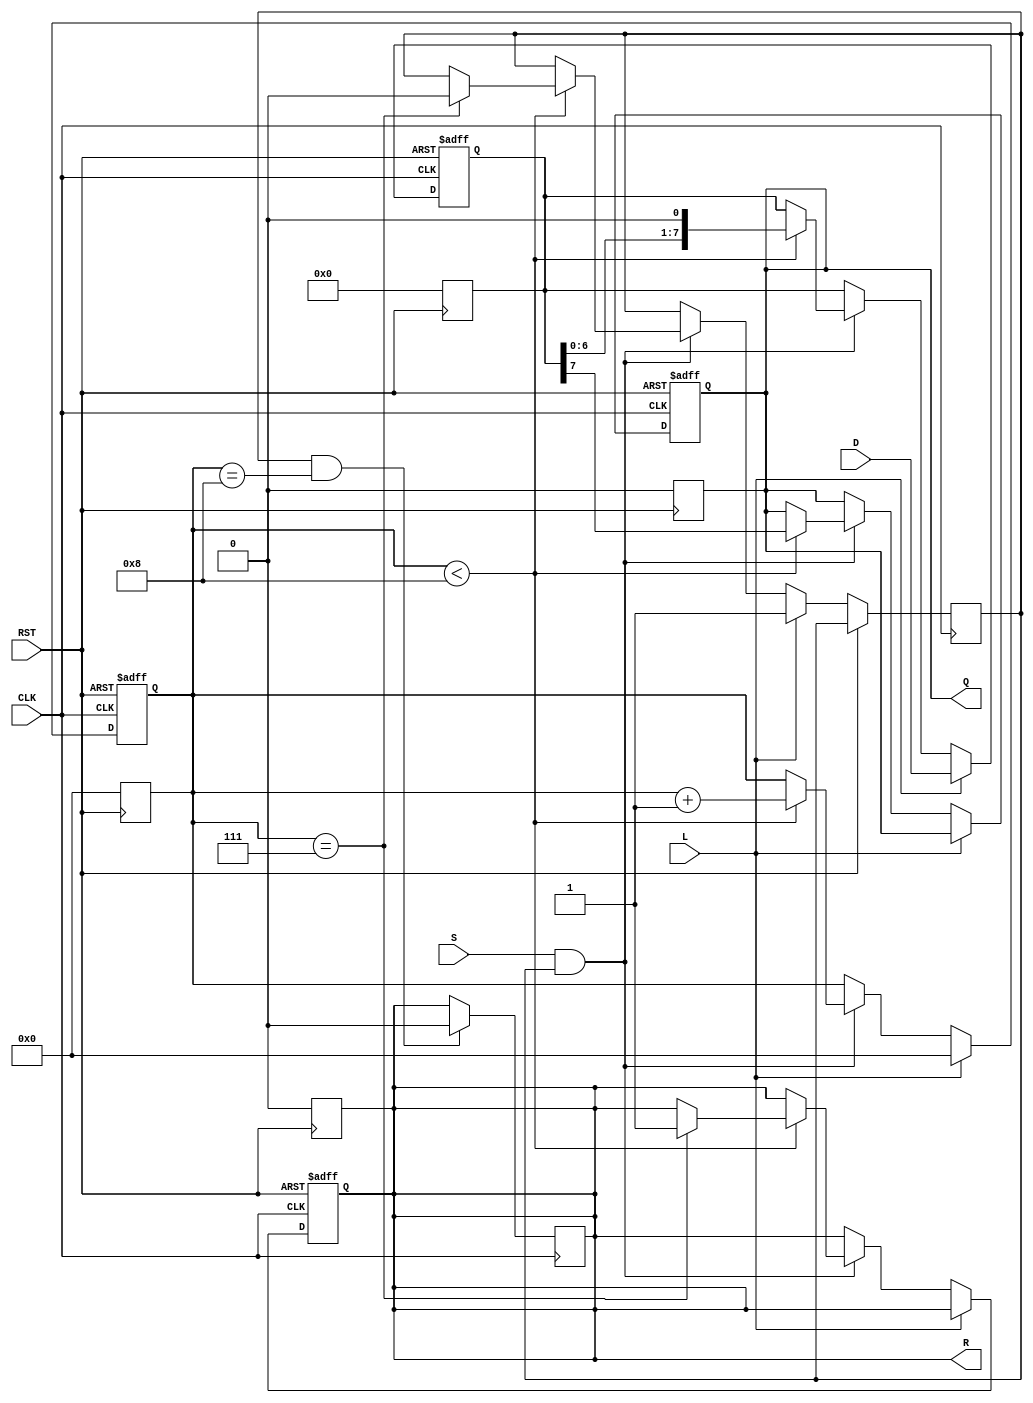
module PISO_Register(
    input wire [7:0] D,        // 8-bit parallel data input
    input wire L,              // Load control signal
    input wire S,              // Shift control signal
    input wire CLK,            // Clock signal
    input wire RST,            // Asynchronous reset signal
    output reg Q,              // Serial output
    output reg R               // Ready flag
);

    reg [7:0] SR;              // Shift register
    reg [3:0] CNT;             // Counter to keep track of the shifted bits
    reg shifting;              // Internal signal to indicate if shifting is occurring

    // Asynchronous reset
    always @(posedge RST) begin
        SR <= 8'b0;            // Clear shift register
        CNT <= 4'b0;          // Reset counter
        Q <= 1'b0;            // Reset serial output
        R <= 1'b0;            // Reset ready flag
    end

    // Loading and shifting logic
    always @(posedge CLK or posedge RST) begin
        if (RST) begin
            SR <= 8'b0;        // Clear shift register
            CNT <= 4'b0;      // Reset counter
            Q <= 1'b0;        // Reset serial output
            R <= 1'b0;        // Reset ready flag
        end
        else begin
            if (L) begin
                SR <= D;       // Load data into shift register
                CNT <= 4'b0;   // Reset counter
                shifting <= 1;  // Indicate that we are ready to shift
            end
            else if (S && shifting) begin
                if (CNT < 8) begin
                    Q <= SR[7]; // Output the MSB of the Shift Register
                    SR <= {SR[6:0], 1'b0}; // Shift right
                    CNT <= CNT + 1; // Increment counter
                    if (CNT == 7) begin
                        R <= 1'b1; // Set Ready flag when all bits are shifted out
                        shifting <= 0; // Stop shifting after last bit
                    end
                end
            end
        end
    end
    
    // Ready signal generation, can be updated based on application requirements
    always @(posedge CLK) begin
        if (shifting && CNT == 8) begin
            R <= 1'b0; // Clear ready signal once shifting is complete
        end 
    end

endmodule